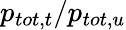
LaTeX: p_{tot,t}/p_{tot,u}